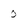
Character: 0